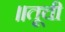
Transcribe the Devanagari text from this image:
॥तूची